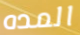
المده